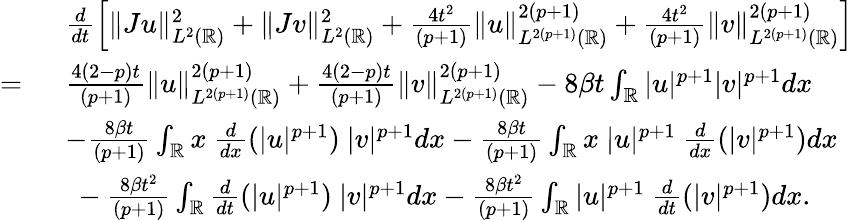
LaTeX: \begin{array}{rl}&{\frac{d}{dt}\left[\| Ju\| _{L^{2}(\mathbb{R})}^{2}+\| Jv\| _{L^{2}(\mathbb{R})}^{2}+\frac{4t^{2}}{(p+1)}\| u\| _{L^{2(p+1)}(\mathbb{R})}^{2(p+1)}+\frac{4t^{2}}{(p+1)}\| v\| _{L^{2(p+1)}(\mathbb{R})}^{2(p+1)}\right]}\\ {=\ }&{\frac{4(2-p)t}{(p+1)}\| u\| _{L^{2(p+1)}(\mathbb{R})}^{2(p+1)}+\frac{4(2-p)t}{(p+1)}\| v\| _{L^{2(p+1)}(\mathbb{R})}^{2(p+1)}-8\beta t\int_{\mathbb{R}}|u|^{p+1}|v|^{p+1}dx}\\ {\ }&{-\frac{8\beta t}{(p+1)}\int_{\mathbb{R}}x\ \frac{d}{dx}(|u|^{p+1})\ |v|^{p+1}dx-\frac{8\beta t}{(p+1)}\int_{\mathbb{R}}x\ |u|^{p+1}\ \frac{d}{dx}(|v|^{p+1})dx}\\ &{\ -\frac{8\beta t^{2}}{(p+1)}\int_{\mathbb{R}}\frac{d}{dt}(|u|^{p+1})\ |v|^{p+1}dx-\frac{8\beta t^{2}}{(p+1)}\int_{\mathbb{R}}|u|^{p+1}\ \frac{d}{dt}(|v|^{p+1})dx.}\end{array}